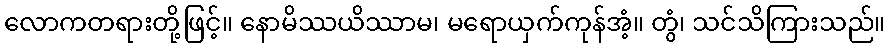
လောကတရားတို့ဖြင့်။ နောမိဿယိဿာမ၊ မရောယှက်ကုန်အံ့။ တွံ၊ သင်သိကြားသည်။